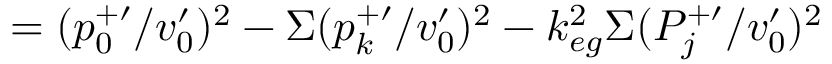
= ( p _ { 0 } ^ { + \prime } / v _ { 0 } ^ { \prime } ) ^ { 2 } - \Sigma ( p _ { k } ^ { + \prime } / v _ { 0 } ^ { \prime } ) ^ { 2 } - k _ { e g } ^ { 2 } \Sigma ( P _ { j } ^ { + \prime } / v _ { 0 } ^ { \prime } ) ^ { 2 }